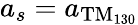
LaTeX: a_{s}=a_{\mathrm{TM_{130}}}